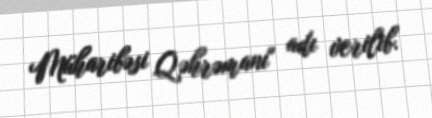
Müharibəsi Qəhrəmanı" adı verilib.